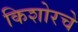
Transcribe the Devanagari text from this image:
किशोरचे